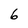
Character: 6